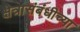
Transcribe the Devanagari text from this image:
क्षेत्रासंबंधीच्या